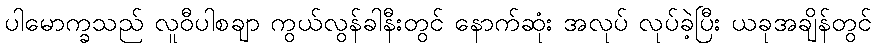
ပါမောက္ခသည် လူဝီပါစချာ ကွယ်လွန်ခါနီးတွင် နောက်ဆုံး အလုပ် လုပ်ခဲ့ပြီး ယခုအချိန်တွင်